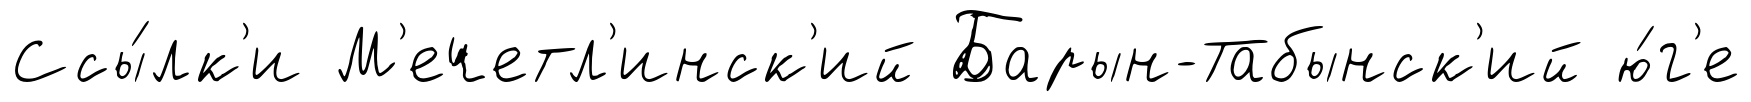
Ссы́лк'и М'ечетл'инск'ий Барын-Табынск'ий ю́г'е